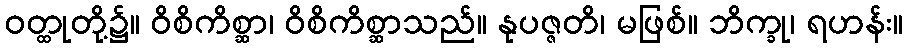
ဝတ္ထုတို့၌။ ဝိစိကိစ္ဆာ၊ ဝိစိကိစ္ဆာသည်။ နုပဇ္ဇတိ၊ မဖြစ်။ ဘိက္ခု၊ ရဟန်း။